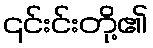
၎င်းင်းတို့၏